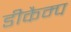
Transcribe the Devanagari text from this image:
डीकैम्प